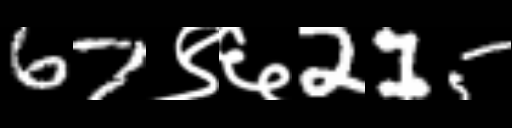
Text: 67९६215